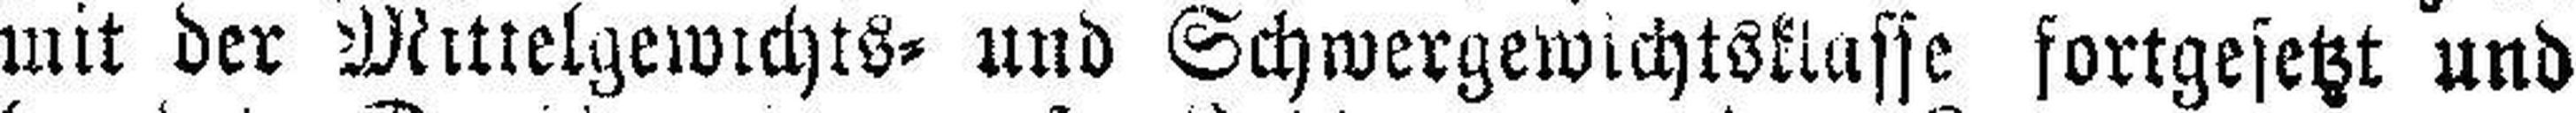
mit der Mittelgewichts= und Schwergewichtsklasse fortgesetzt und